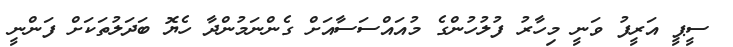
ސީޕީ އަރީފު ވަނީީ މިހާރު ފުލުހުންގެ މުއައްސަސާއަށް ގެންނަމުންދާ ހެޔޮ ބަދަލުތަކަށް ފަންނީ